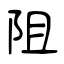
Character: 阻